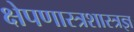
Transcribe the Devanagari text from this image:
क्षेपणास्त्रशास्त्रज्ञ